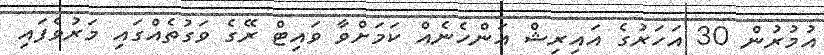
އުމުރުން 30 އަހަރުގެ އައިރިޝް އަންހެނެއް ކަމަށްވާ ވައިޓް ރޭގެ ވަގުތެއްގައި މަރުވެފައި